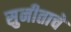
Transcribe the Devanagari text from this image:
सुनीताचे